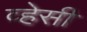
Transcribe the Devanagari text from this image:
व्हेसी